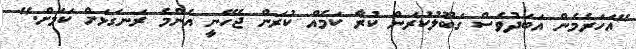
"އަހަރެމެން އަބަދުވެސް ގަބޫލުކުރަން ކުރާ ކަމެއް ކުރަން ޖެހޭނީ އެންމެ ރަނގަޅަށް ކަމަށް."